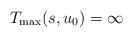
LaTeX: \begin{align*}T_{\max}(s,u_0)=\infty\end{align*}